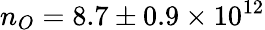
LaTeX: n_{O}=8.7\pm 0.9\times 10^{12}